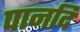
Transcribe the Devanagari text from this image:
पानदि